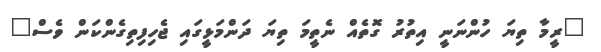
"ރީމާ ތިޔަ ހުންނަނީ އިތުރު ގޮތެއް ނެތީމަ ތިޔަ ދަންމަޅީގައި ޖެހިފިތިގެންކަން ވެސް"